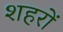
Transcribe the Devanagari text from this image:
शहरों